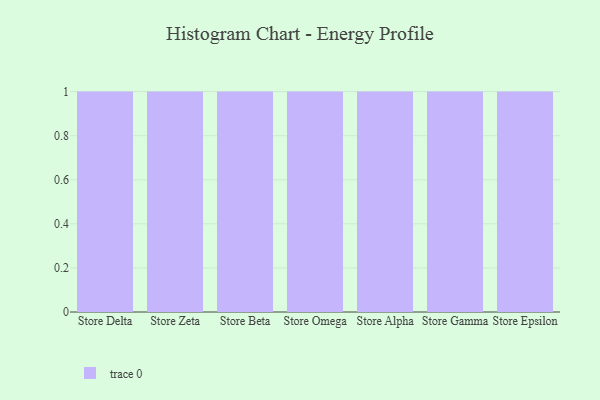
{"axis": {"x": "Store", "y": "Shipments"}, "legend": [""], "data": [{"x": "Store Delta", "y": 89, "type": ""}, {"x": "Store Zeta", "y": 39, "type": ""}, {"x": "Store Beta", "y": 85, "type": ""}, {"x": "Store Omega", "y": 74, "type": ""}, {"x": "Store Alpha", "y": 44, "type": ""}, {"x": "Store Gamma", "y": 97, "type": ""}, {"x": "Store Epsilon", "y": 72, "type": ""}]}